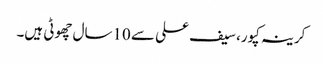
کرینہ کپور، سیف علی سے 10سال چھوٹی ہیں۔